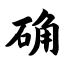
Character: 确